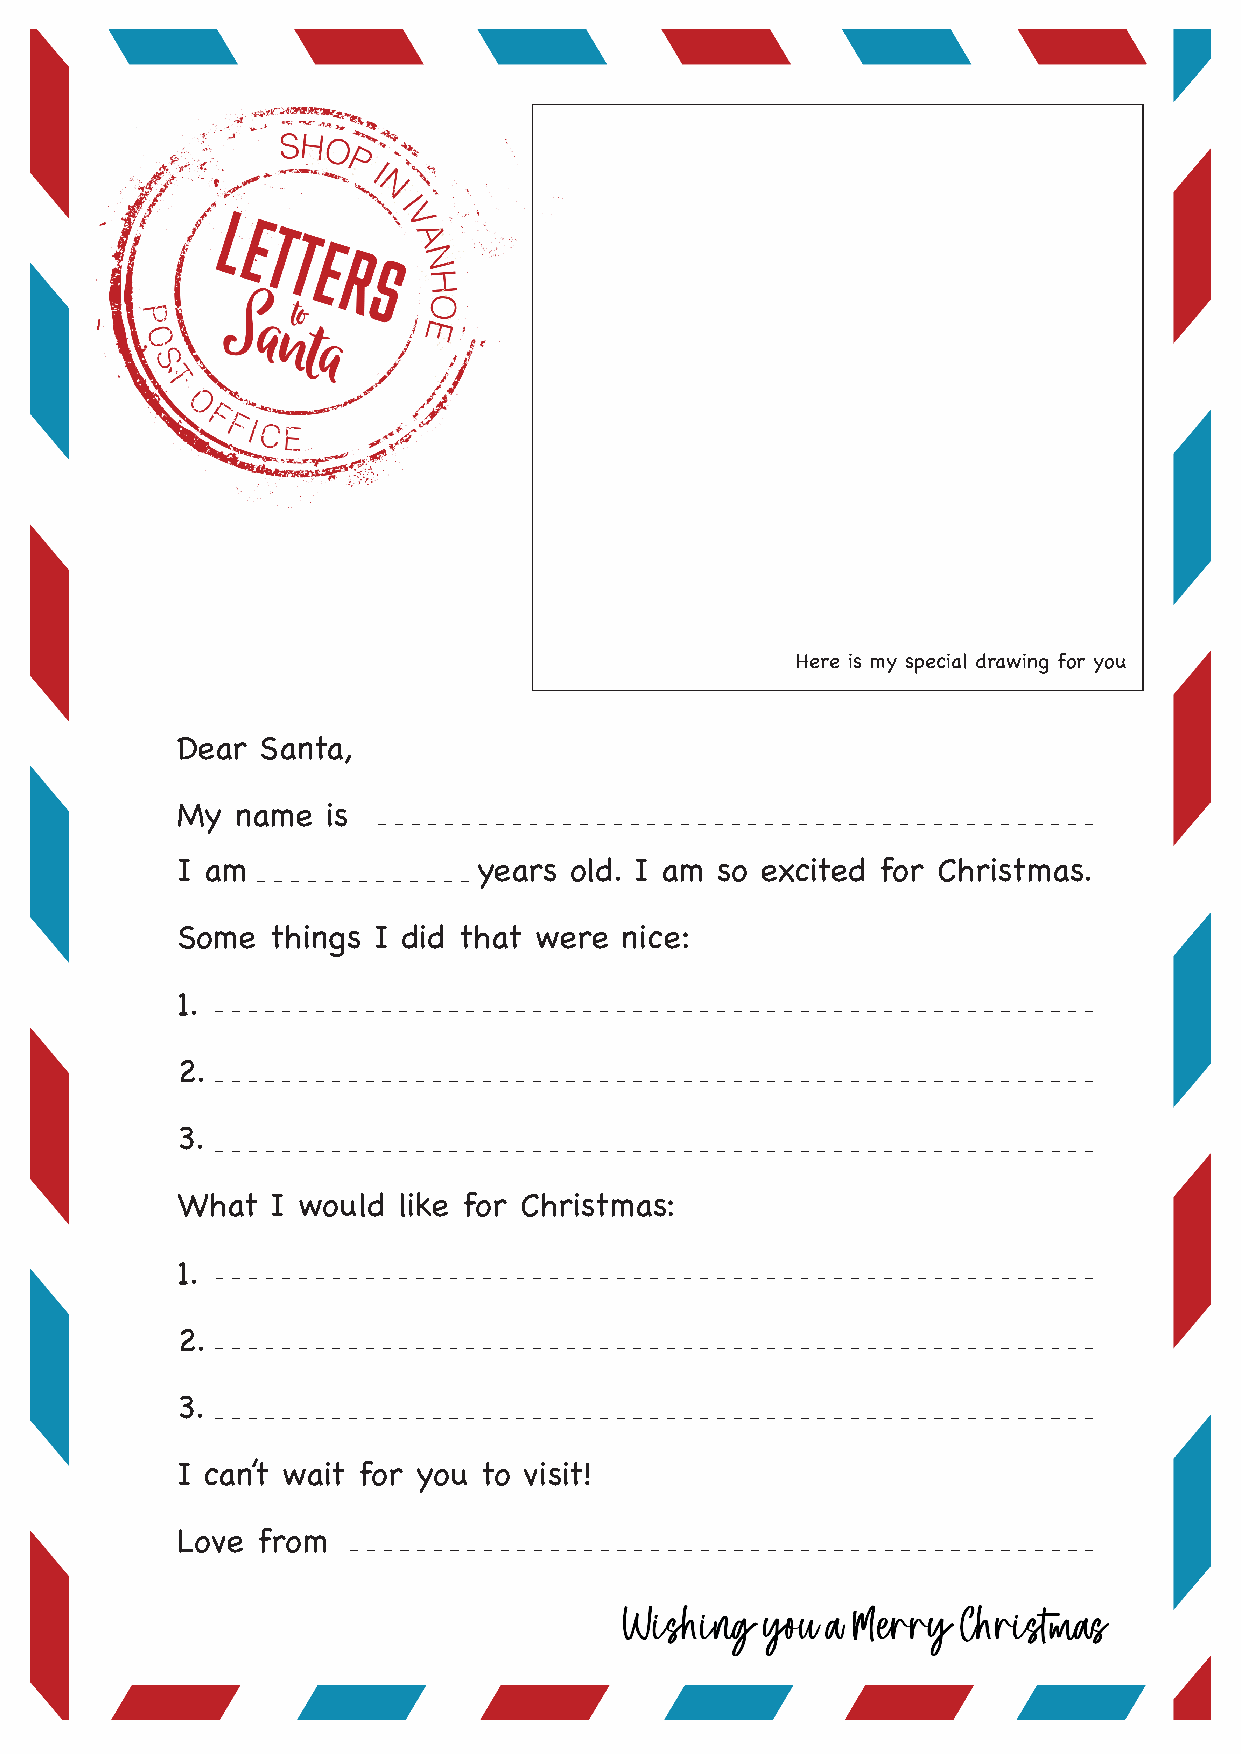
Here is my special drawing for you
 Dear Santa,
 My  name  is
 I am                years old. I am so excited for Christmas.
 Some  things I did that were nice:
 1.
 2.
 3.
 What  I would like for Christmas:
 1.
 2.
 3.
 I can’t wait for you to visit!
 Love from